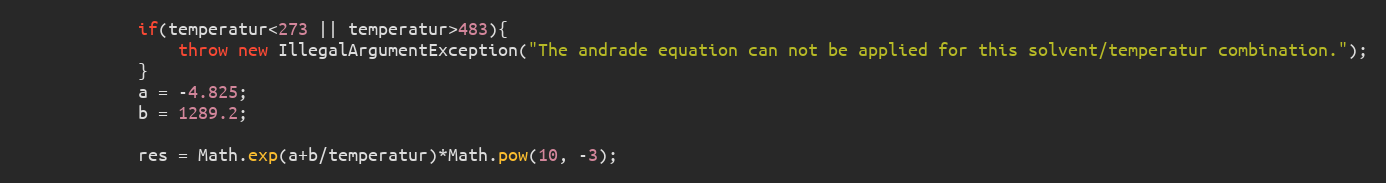
Language: Java
			if(temperatur<273 || temperatur>483){
				throw new IllegalArgumentException("The andrade equation can not be applied for this solvent/temperatur combination.");
			}
			a = -4.825;
			b = 1289.2;

			res = Math.exp(a+b/temperatur)*Math.pow(10, -3);